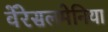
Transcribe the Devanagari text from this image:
वेंरेसलमेनिया